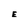
Character: E